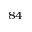
^ { 8 4 }